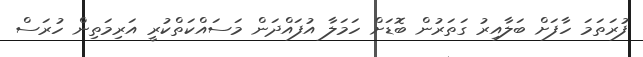
ފުރަތަމަ ހާފަށް ބަލާއިރު ގަތަރުން ބޮޑަށް ހަމަލާ އުފައްދަން މަސައްކަތްކުރީ އަރިމަތިން ހުރަސް